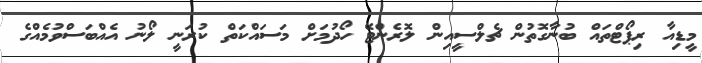
މީޑިއާ ރިޕޯޓްތައް ބުނާގޮތުން ޗެލްސީއިން ލޮރެންޓޭ ހޯދުމަށް މަސައްކަތް ކުރަނީ ލޯނު އެއްބަސްވުމެއްގެ